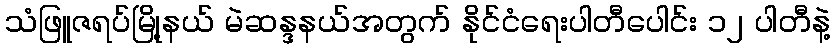
သံဖြူဇရပ်မြို့နယ် မဲဆန္ဒနယ်အတွက် နိုင်ငံရေးပါတီပေါင်း ၁၂ ပါတီနဲ့